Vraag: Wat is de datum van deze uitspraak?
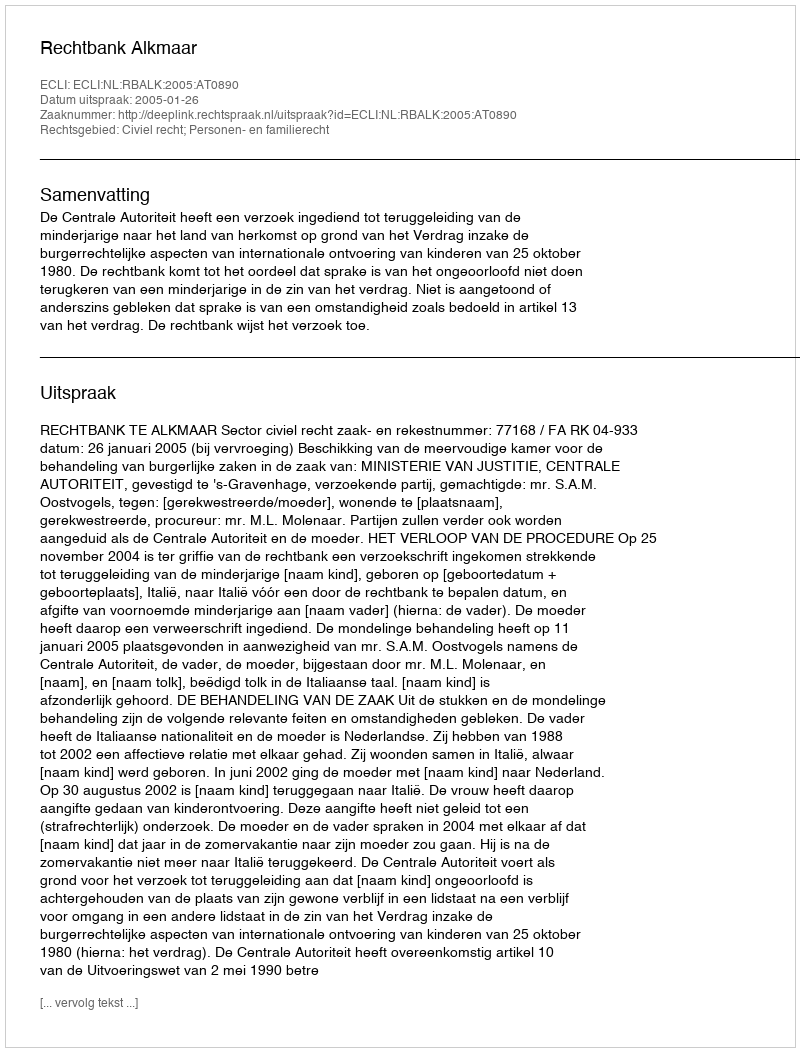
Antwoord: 2005-01-26